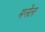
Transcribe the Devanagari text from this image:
मनेल